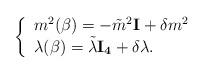
LaTeX: \begin{align*}\left\{\begin{array}{ll}m^{2}(\beta)=-\tilde{m}^{2}{\bf I}+\delta m^{2} \\\lambda(\beta)=\tilde{\lambda}{\bf I_{4}}+\delta \lambda.\end{array} \right.\end{align*}